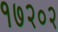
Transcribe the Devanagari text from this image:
१७२०२